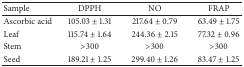
<table><thead><tr><td><b>Sample</b></td><td><b>DPPH</b></td><td><b>NO</b></td><td><b>FRAP</b></td></tr></thead><tbody><tr><td>Ascorbic acid</td><td>105.03 ± 1.31</td><td>217.64 ± 0.79</td><td>63.49 ± 1.75</td></tr><tr><td>Leaf</td><td>115.74 ± 1.64</td><td>244.36 ± 2.15</td><td>77.32 ± 0.96</td></tr><tr><td>Stem</td><td>&gt;300</td><td>&gt;300</td><td>&gt;300</td></tr><tr><td>Seed</td><td>189.21 ± 1.25</td><td>299.40 ± 1.26</td><td>83.47 ± 1.25</td></tr></tbody></table>